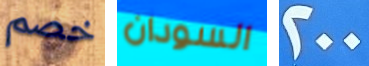
خصم السودان 200